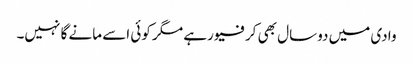
وادی میں دوسال بھی کرفیو رہے مگر کوئی اسے مانے گا نہیں۔